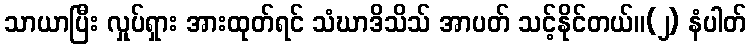
သာယာပြီး လှုပ်ရှား အားထုတ်ရင် သံဃာဒိသိသ် အာပတ် သင့်နိုင်တယ်။(၂) နံပါတ်